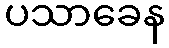
ပသာခေန